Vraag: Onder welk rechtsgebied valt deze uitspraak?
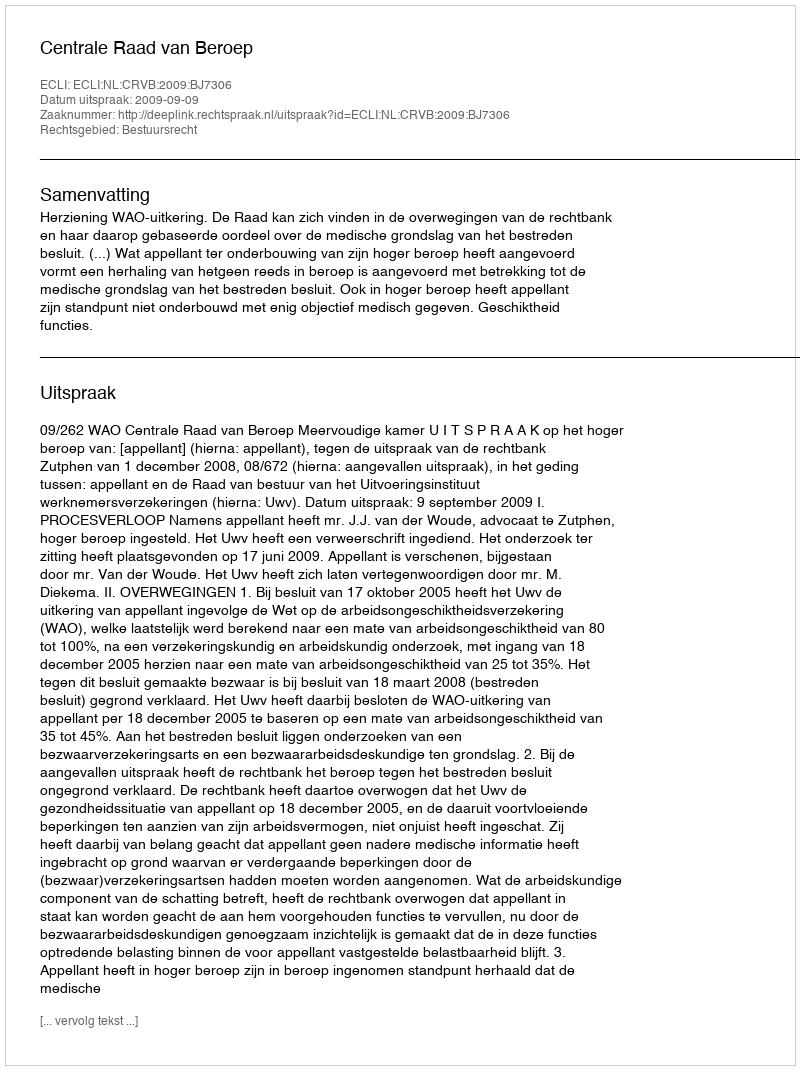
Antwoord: Bestuursrecht